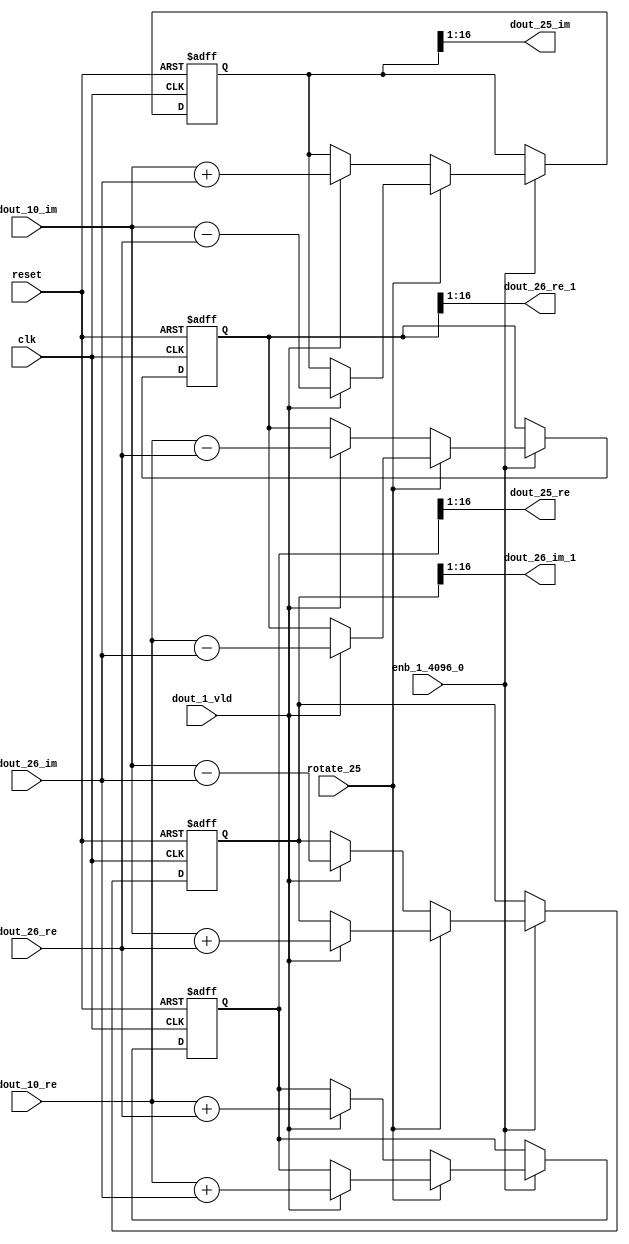
// -------------------------------------------------------------
// 
// 
// Generated by MATLAB 9.14 and HDL Coder 4.1
// 
// -------------------------------------------------------------


// -------------------------------------------------------------
// 
// Module: RADIX22FFT_SDNF2_4_block11
// Source Path: dsphdl.IFFT/RADIX22FFT_SDNF2_4
// Hierarchy Level: 4
// 
// -------------------------------------------------------------

`timescale 1 ns / 1 ns

module RADIX22FFT_SDNF2_4_block11
          (clk,
           reset,
           enb_1_4096_0,
           rotate_25,
           dout_10_re,
           dout_10_im,
           dout_26_re,
           dout_26_im,
           dout_1_vld,
           dout_25_re,
           dout_25_im,
           dout_26_re_1,
           dout_26_im_1);


  input   clk;
  input   reset;
  input   enb_1_4096_0;
  input   rotate_25;  // ufix1
  input   signed [15:0] dout_10_re;  // sfix16_En14
  input   signed [15:0] dout_10_im;  // sfix16_En14
  input   signed [15:0] dout_26_re;  // sfix16_En14
  input   signed [15:0] dout_26_im;  // sfix16_En14
  input   dout_1_vld;
  output  signed [15:0] dout_25_re;  // sfix16_En14
  output  signed [15:0] dout_25_im;  // sfix16_En14
  output  signed [15:0] dout_26_re_1;  // sfix16_En14
  output  signed [15:0] dout_26_im_1;  // sfix16_En14


  reg  Radix22ButterflyG2_NF_din_vld_dly;
  reg signed [16:0] Radix22ButterflyG2_NF_btf1_re_reg;  // sfix17
  reg signed [16:0] Radix22ButterflyG2_NF_btf1_im_reg;  // sfix17
  reg signed [16:0] Radix22ButterflyG2_NF_btf2_re_reg;  // sfix17
  reg signed [16:0] Radix22ButterflyG2_NF_btf2_im_reg;  // sfix17
  reg  Radix22ButterflyG2_NF_din_vld_dly_next;
  reg signed [16:0] Radix22ButterflyG2_NF_btf1_re_reg_next;  // sfix17_En14
  reg signed [16:0] Radix22ButterflyG2_NF_btf1_im_reg_next;  // sfix17_En14
  reg signed [16:0] Radix22ButterflyG2_NF_btf2_re_reg_next;  // sfix17_En14
  reg signed [16:0] Radix22ButterflyG2_NF_btf2_im_reg_next;  // sfix17_En14
  reg signed [15:0] dout_25_re_1;  // sfix16_En14
  reg signed [15:0] dout_25_im_1;  // sfix16_En14
  reg signed [15:0] dout_26_re_2;  // sfix16_En14
  reg signed [15:0] dout_26_im_2;  // sfix16_En14
  reg  dout_4_vld;
  reg signed [16:0] Radix22ButterflyG2_NF_add_cast;  // sfix17_En14
  reg signed [16:0] Radix22ButterflyG2_NF_add_cast_0;  // sfix17_En14
  reg signed [16:0] Radix22ButterflyG2_NF_add_cast_1;  // sfix17_En14
  reg signed [16:0] Radix22ButterflyG2_NF_add_cast_2;  // sfix17_En14
  reg signed [16:0] Radix22ButterflyG2_NF_sub_cast;  // sfix17_En14
  reg signed [16:0] Radix22ButterflyG2_NF_sub_cast_0;  // sfix17_En14
  reg signed [16:0] Radix22ButterflyG2_NF_sub_cast_1;  // sfix17_En14
  reg signed [16:0] Radix22ButterflyG2_NF_sub_cast_2;  // sfix17_En14
  reg signed [16:0] Radix22ButterflyG2_NF_sra_temp;  // sfix17_En14
  reg signed [16:0] Radix22ButterflyG2_NF_add_cast_3;  // sfix17_En14
  reg signed [16:0] Radix22ButterflyG2_NF_add_cast_4;  // sfix17_En14
  reg signed [16:0] Radix22ButterflyG2_NF_add_cast_5;  // sfix17_En14
  reg signed [16:0] Radix22ButterflyG2_NF_add_cast_6;  // sfix17_En14
  reg signed [16:0] Radix22ButterflyG2_NF_sra_temp_0;  // sfix17_En14
  reg signed [16:0] Radix22ButterflyG2_NF_sub_cast_3;  // sfix17_En14
  reg signed [16:0] Radix22ButterflyG2_NF_sub_cast_4;  // sfix17_En14
  reg signed [16:0] Radix22ButterflyG2_NF_sub_cast_5;  // sfix17_En14
  reg signed [16:0] Radix22ButterflyG2_NF_sub_cast_6;  // sfix17_En14
  reg signed [16:0] Radix22ButterflyG2_NF_sra_temp_1;  // sfix17_En14
  reg signed [16:0] Radix22ButterflyG2_NF_sra_temp_2;  // sfix17_En14


  // Radix22ButterflyG2_NF
  always @(posedge clk or posedge reset)
    begin : Radix22ButterflyG2_NF_process
      if (reset == 1'b1) begin
        Radix22ButterflyG2_NF_din_vld_dly <= 1'b0;
        Radix22ButterflyG2_NF_btf1_re_reg <= 17'sb00000000000000000;
        Radix22ButterflyG2_NF_btf1_im_reg <= 17'sb00000000000000000;
        Radix22ButterflyG2_NF_btf2_re_reg <= 17'sb00000000000000000;
        Radix22ButterflyG2_NF_btf2_im_reg <= 17'sb00000000000000000;
      end
      else begin
        if (enb_1_4096_0) begin
          Radix22ButterflyG2_NF_din_vld_dly <= Radix22ButterflyG2_NF_din_vld_dly_next;
          Radix22ButterflyG2_NF_btf1_re_reg <= Radix22ButterflyG2_NF_btf1_re_reg_next;
          Radix22ButterflyG2_NF_btf1_im_reg <= Radix22ButterflyG2_NF_btf1_im_reg_next;
          Radix22ButterflyG2_NF_btf2_re_reg <= Radix22ButterflyG2_NF_btf2_re_reg_next;
          Radix22ButterflyG2_NF_btf2_im_reg <= Radix22ButterflyG2_NF_btf2_im_reg_next;
        end
      end
    end

  always @(Radix22ButterflyG2_NF_btf1_im_reg, Radix22ButterflyG2_NF_btf1_re_reg,
       Radix22ButterflyG2_NF_btf2_im_reg, Radix22ButterflyG2_NF_btf2_re_reg,
       Radix22ButterflyG2_NF_din_vld_dly, dout_10_im, dout_10_re, dout_1_vld,
       dout_26_im, dout_26_re, rotate_25) begin
    Radix22ButterflyG2_NF_add_cast_1 = 17'sb00000000000000000;
    Radix22ButterflyG2_NF_add_cast_2 = 17'sb00000000000000000;
    Radix22ButterflyG2_NF_sub_cast_1 = 17'sb00000000000000000;
    Radix22ButterflyG2_NF_sub_cast_2 = 17'sb00000000000000000;
    Radix22ButterflyG2_NF_add_cast_5 = 17'sb00000000000000000;
    Radix22ButterflyG2_NF_add_cast_6 = 17'sb00000000000000000;
    Radix22ButterflyG2_NF_sub_cast_5 = 17'sb00000000000000000;
    Radix22ButterflyG2_NF_sub_cast_6 = 17'sb00000000000000000;
    Radix22ButterflyG2_NF_add_cast = 17'sb00000000000000000;
    Radix22ButterflyG2_NF_add_cast_0 = 17'sb00000000000000000;
    Radix22ButterflyG2_NF_sub_cast = 17'sb00000000000000000;
    Radix22ButterflyG2_NF_sub_cast_0 = 17'sb00000000000000000;
    Radix22ButterflyG2_NF_add_cast_3 = 17'sb00000000000000000;
    Radix22ButterflyG2_NF_add_cast_4 = 17'sb00000000000000000;
    Radix22ButterflyG2_NF_sub_cast_3 = 17'sb00000000000000000;
    Radix22ButterflyG2_NF_sub_cast_4 = 17'sb00000000000000000;
    Radix22ButterflyG2_NF_btf1_re_reg_next = Radix22ButterflyG2_NF_btf1_re_reg;
    Radix22ButterflyG2_NF_btf1_im_reg_next = Radix22ButterflyG2_NF_btf1_im_reg;
    Radix22ButterflyG2_NF_btf2_re_reg_next = Radix22ButterflyG2_NF_btf2_re_reg;
    Radix22ButterflyG2_NF_btf2_im_reg_next = Radix22ButterflyG2_NF_btf2_im_reg;
    Radix22ButterflyG2_NF_din_vld_dly_next = dout_1_vld;
    if (rotate_25 != 1'b0) begin
      if (dout_1_vld) begin
        Radix22ButterflyG2_NF_add_cast_1 = {dout_10_re[15], dout_10_re};
        Radix22ButterflyG2_NF_add_cast_2 = {dout_26_im[15], dout_26_im};
        Radix22ButterflyG2_NF_btf1_re_reg_next = Radix22ButterflyG2_NF_add_cast_1 + Radix22ButterflyG2_NF_add_cast_2;
        Radix22ButterflyG2_NF_sub_cast_1 = {dout_10_re[15], dout_10_re};
        Radix22ButterflyG2_NF_sub_cast_2 = {dout_26_im[15], dout_26_im};
        Radix22ButterflyG2_NF_btf2_re_reg_next = Radix22ButterflyG2_NF_sub_cast_1 - Radix22ButterflyG2_NF_sub_cast_2;
        Radix22ButterflyG2_NF_add_cast_5 = {dout_10_im[15], dout_10_im};
        Radix22ButterflyG2_NF_add_cast_6 = {dout_26_re[15], dout_26_re};
        Radix22ButterflyG2_NF_btf2_im_reg_next = Radix22ButterflyG2_NF_add_cast_5 + Radix22ButterflyG2_NF_add_cast_6;
        Radix22ButterflyG2_NF_sub_cast_5 = {dout_10_im[15], dout_10_im};
        Radix22ButterflyG2_NF_sub_cast_6 = {dout_26_re[15], dout_26_re};
        Radix22ButterflyG2_NF_btf1_im_reg_next = Radix22ButterflyG2_NF_sub_cast_5 - Radix22ButterflyG2_NF_sub_cast_6;
      end
    end
    else if (dout_1_vld) begin
      Radix22ButterflyG2_NF_add_cast = {dout_10_re[15], dout_10_re};
      Radix22ButterflyG2_NF_add_cast_0 = {dout_26_re[15], dout_26_re};
      Radix22ButterflyG2_NF_btf1_re_reg_next = Radix22ButterflyG2_NF_add_cast + Radix22ButterflyG2_NF_add_cast_0;
      Radix22ButterflyG2_NF_sub_cast = {dout_10_re[15], dout_10_re};
      Radix22ButterflyG2_NF_sub_cast_0 = {dout_26_re[15], dout_26_re};
      Radix22ButterflyG2_NF_btf2_re_reg_next = Radix22ButterflyG2_NF_sub_cast - Radix22ButterflyG2_NF_sub_cast_0;
      Radix22ButterflyG2_NF_add_cast_3 = {dout_10_im[15], dout_10_im};
      Radix22ButterflyG2_NF_add_cast_4 = {dout_26_im[15], dout_26_im};
      Radix22ButterflyG2_NF_btf1_im_reg_next = Radix22ButterflyG2_NF_add_cast_3 + Radix22ButterflyG2_NF_add_cast_4;
      Radix22ButterflyG2_NF_sub_cast_3 = {dout_10_im[15], dout_10_im};
      Radix22ButterflyG2_NF_sub_cast_4 = {dout_26_im[15], dout_26_im};
      Radix22ButterflyG2_NF_btf2_im_reg_next = Radix22ButterflyG2_NF_sub_cast_3 - Radix22ButterflyG2_NF_sub_cast_4;
    end
    Radix22ButterflyG2_NF_sra_temp = Radix22ButterflyG2_NF_btf1_re_reg >>> 8'd1;
    dout_25_re_1 = Radix22ButterflyG2_NF_sra_temp[15:0];
    Radix22ButterflyG2_NF_sra_temp_0 = Radix22ButterflyG2_NF_btf1_im_reg >>> 8'd1;
    dout_25_im_1 = Radix22ButterflyG2_NF_sra_temp_0[15:0];
    Radix22ButterflyG2_NF_sra_temp_1 = Radix22ButterflyG2_NF_btf2_re_reg >>> 8'd1;
    dout_26_re_2 = Radix22ButterflyG2_NF_sra_temp_1[15:0];
    Radix22ButterflyG2_NF_sra_temp_2 = Radix22ButterflyG2_NF_btf2_im_reg >>> 8'd1;
    dout_26_im_2 = Radix22ButterflyG2_NF_sra_temp_2[15:0];
    dout_4_vld = Radix22ButterflyG2_NF_din_vld_dly;
  end



  assign dout_25_re = dout_25_re_1;

  assign dout_25_im = dout_25_im_1;

  assign dout_26_re_1 = dout_26_re_2;

  assign dout_26_im_1 = dout_26_im_2;

endmodule  // RADIX22FFT_SDNF2_4_block11